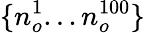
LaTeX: \{ n_{o}^{1}...n_{o}^{100}\}